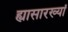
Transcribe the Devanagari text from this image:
ह्यासारख्यां